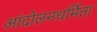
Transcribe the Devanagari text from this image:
आंदोलनधर्मिता